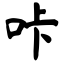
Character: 咔